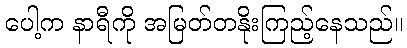
ပေါ့က နာရီကို အမြတ်တနိုးကြည့်နေသည်။